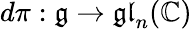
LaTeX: d\pi:{\mathfrak{g}}\to{\mathfrak{gl}}_{n}(\mathbb{C})